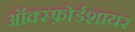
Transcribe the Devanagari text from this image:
ऑक्स्फ़ोर्डशायर